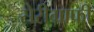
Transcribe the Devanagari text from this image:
सेरीग्राफी